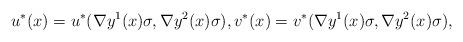
LaTeX: \begin{align*}u^*(x) = u^*(\nabla y^1(x)\sigma,\nabla y^2(x)\sigma), v^*(x) = v^*(\nabla y^1(x)\sigma,\nabla y^2(x)\sigma),\end{align*}